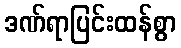
ဒဏ်ရာပြင်းထန်စွာ